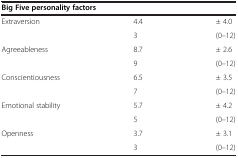
<table><thead><tr><td colspan="2"><b>Big Five personality factors</b></td><td><b> </b></td></tr></thead><tbody><tr><td>Extraversion</td><td>4.4</td><td>± 4.0</td></tr><tr><td> </td><td>3</td><td>(0–12)</td></tr><tr><td>Agreeableness</td><td>8.7</td><td>± 2.6</td></tr><tr><td> </td><td>9</td><td>(0–12)</td></tr><tr><td>Conscientiousness</td><td>6.5</td><td>± 3.5</td></tr><tr><td> </td><td>7</td><td>(0–12)</td></tr><tr><td>Emotional stability</td><td>5.7</td><td>± 4.2</td></tr><tr><td> </td><td>5</td><td>(0–12)</td></tr><tr><td>Openness</td><td>3.7</td><td>± 3.1</td></tr><tr><td> </td><td>3</td><td>(0–12)</td></tr></tbody></table>